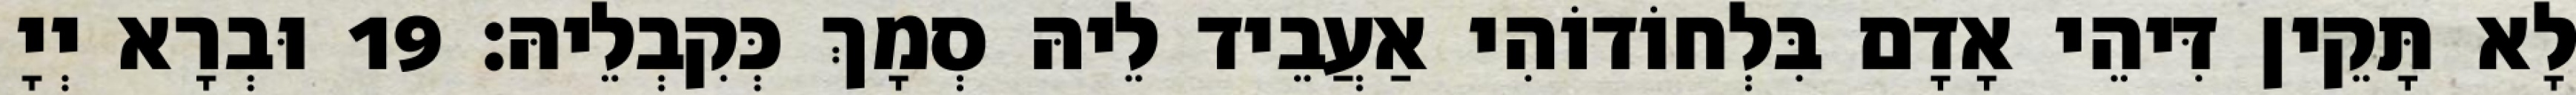
לָא תָּקֵין דִּיהֵי אָדָם בִּלְחוֹדוֹהִי אַעֲבֵיד לֵיהּ סְמָךְ כְּקִבְלֵיהּ׃ 19 וּבְרָא יְיָ